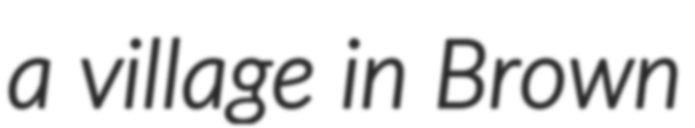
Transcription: a village in Brown